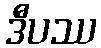
ဒီပဿ